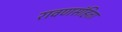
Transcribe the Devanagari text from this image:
रावणसंहिता